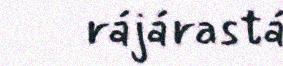
rájárastá